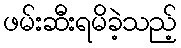
ဖမ်းဆီးရမိခဲ့သည့်